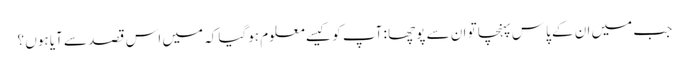
جب میں ان کے پاس پہنچا تو ان سے پوچھا : آپ کو کیسے معلوم ہوگیا کہ میں اس قصد سے آیا ہوں ؟